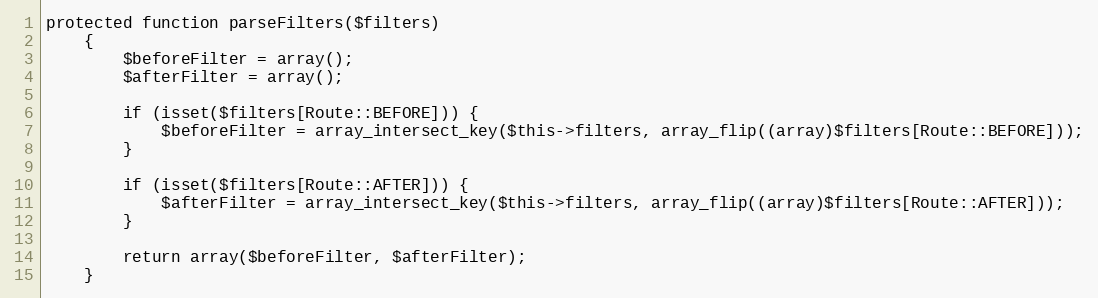
Language: PHP
protected function parseFilters($filters)
    {
        $beforeFilter = array();
        $afterFilter = array();

        if (isset($filters[Route::BEFORE])) {
            $beforeFilter = array_intersect_key($this->filters, array_flip((array)$filters[Route::BEFORE]));
        }

        if (isset($filters[Route::AFTER])) {
            $afterFilter = array_intersect_key($this->filters, array_flip((array)$filters[Route::AFTER]));
        }

        return array($beforeFilter, $afterFilter);
    }